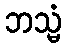
ဘသ္မံ